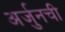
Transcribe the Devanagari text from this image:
अर्जुनची